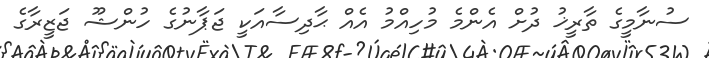
ސުނާމީގެ ތާރީޚު ދުށް އެންމެ މުހިއްމު އެއް ޙާދިސާއަކީ ޖަޕާނުގެ ހުންޝޫ ޖަޒީރާގެ